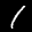
Label: 1